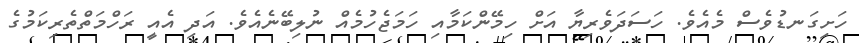
ހަށިގަނޑުވެސް މެއެވެ. ހަސަދަވެރިޔާ އަށް ހިމޭންކަމާއި ހަމަޖެހުމެއް ނުލިބޭނެއެވެ. އަދި އެއީ ރަހްމަތްތެރިކަމުގެ